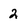
Character: 2